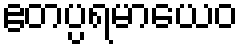
ဧတပ္ပရမာယေဝ